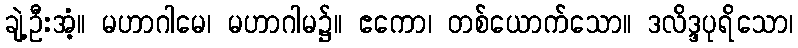
ချဲ့ဦးအံ့။ မဟာဂါမေ၊ မဟာဂါမ၌။ ဧကော၊ တစ်ယောက်သော။ ဒလိဒ္ဒပုရိသော၊